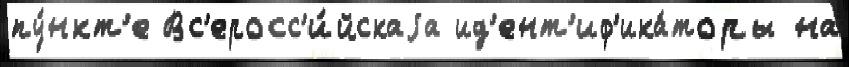
пу́нкт'е Вс'еросс'и́йскаjа ид'ент'иф'ика́торы на